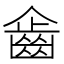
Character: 𪗖